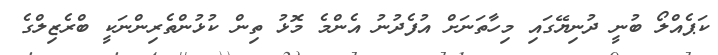
ކަޕެއްލޯ ބުނީ ދުނިޔޭގައި މިހާތަނަށް އުފެދުނު އެންމެ މޮޅު ތިން ކުޅުންތެރިންނަކީ ބްރެޒިލްގެ